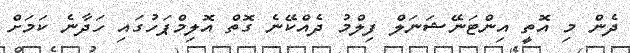
ދެން މި އޮތީ އިންޓަނޭޝަނަލް ފިލްމު ދެއްކޭނެ ގޮތް އޮލިމްޕަހުގައި ހަދާނެ ކަމަށް